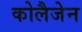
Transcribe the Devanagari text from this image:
कोलैजेन